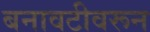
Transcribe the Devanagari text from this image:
बनावटीवरून